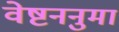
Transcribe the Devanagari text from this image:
वेष्टननुमा